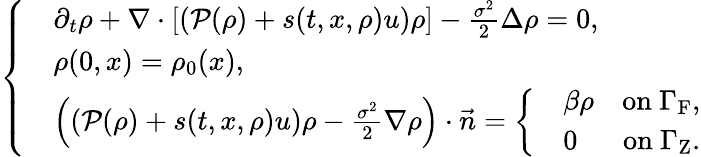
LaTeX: \left\{ \begin{array}{rl}&{\partial_{t}\rho+\nabla\cdot\left[\left(\mathcal{P}(\rho)+s(t,x,\rho)u\right)\rho\right]-\frac{\sigma^{2}}{2}\Delta\rho=0,}\\ &{\rho(0,x)=\rho_{0}(x),}\\ &{\left(\left(\mathcal{P}(\rho)+s(t,x,\rho)u\right)\rho-\frac{\sigma^{2}}{2}\nabla\rho\right)\cdot\vec{n}=\left\{ \begin{array}{rlr}&{\beta\rho}&{\mathrm{on~}\Gamma_{\mathrm{F}},}\\ &{0}&{\mathrm{on~}\Gamma_{\mathrm{Z}}.}\end{array}\right.}\end{array}\right.